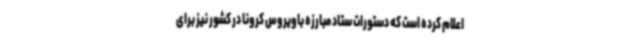
اعلام‌ کرده است که دستورات ستاد مبارزه باویروس کرونا در کشور نیز برای